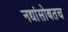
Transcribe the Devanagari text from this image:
नद्यांसोबतच